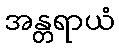
အန္တရာယံ